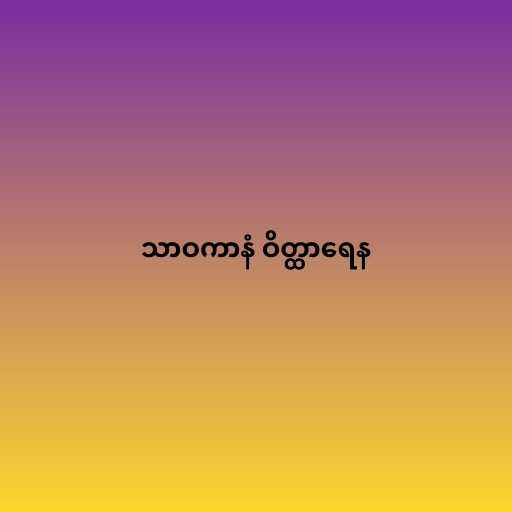
သာဝကာနံ ဝိတ္ထာရေန